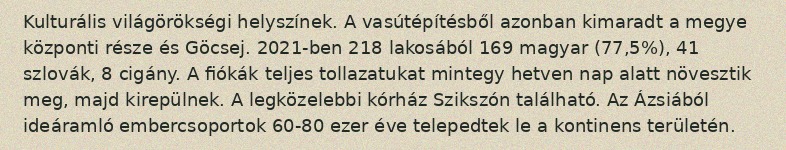
Kulturális világörökségi helyszínek. A vasútépítésből azonban kimaradt a megye központi része és Göcsej. 2021-ben 218 lakosából 169 magyar (77,5%), 41 szlovák, 8 cigány. A fiókák teljes tollazatukat mintegy hetven nap alatt növesztik meg, majd kirepülnek. A legközelebbi kórház Szikszón található. Az Ázsiából ideáramló embercsoportok 60-80 ezer éve telepedtek le a kontinens területén.